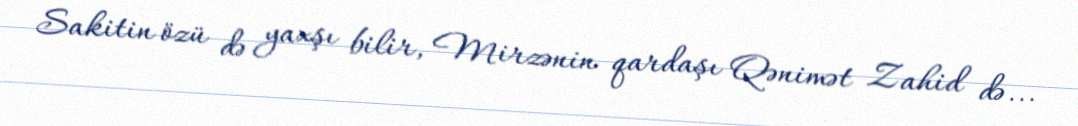
Sakitin özü də yaxşı bilir, Mirzənin qardaşı Qənimət Zahid də...